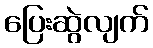
ပြေးဆွဲလျက်